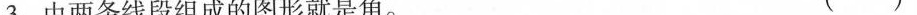
3.由两条线段组成的图形就是角。 （ ）